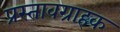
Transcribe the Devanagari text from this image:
प्रस्तावग्राहक